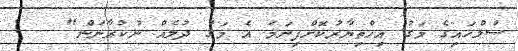
ސުލްހައިގެ މަގު އިހްތިޔާރުކޮށްފިނަމަ އެ މަގު ދުލެއް ނުކުރާނަން"   !